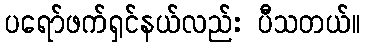
ပရော်ဖက်ရှင်နယ်လည်း ပီသတယ်။